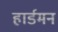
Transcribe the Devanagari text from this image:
हार्डमन